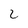
Character: 2